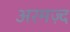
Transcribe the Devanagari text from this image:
अरमज़्द